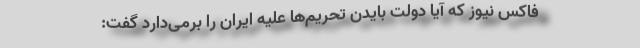
فاکس نیوز که آیا دولت بایدن تحریم‌ها علیه ایران را بر‌می‌دارد گفت: